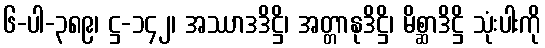
၆-ပါ-၃၈၉၊ ဋ္ဌ-၁၄၂၊ အဿာဒဒိဋ္ဌိ၊ အတ္တာနုဒိဋ္ဌိ၊ မိစ္ဆာဒိဋ္ဌိ သုံးပါးကို